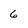
Character: 6